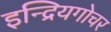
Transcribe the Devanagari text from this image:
इन्द्रियगोचर